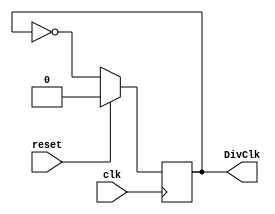
`timescale 1ns / 1ps
//////////////////////////////////////////////////////////////////////////////////
// Company: 
// Engineer: 
// 
// Design Name: 
// Module Name:    DivisorClock 
// Project Name: 
// Target Devices: 
// Tool versions: 
// Description: 
//
// Dependencies: 
//
// Revision: 
// Revision 0.01 - File Created
// Additional Comments: 
//
//////////////////////////////////////////////////////////////////////////////////
module DivisorClock(
	input wire clk, reset,
	output reg DivClk = 1'b0
    );

//Para saber cuanto es la entrada Div, se divide la entrada clk (los 100MHz de la Nexys 3 en este caso) entre la frecuencia deseada, este resultado se divide entre 2 y se le resta 1
//Esto es asi pues, si se divide por 1 bit (osea si Div = 0) esto divide el clk entre 2, es decir si uso una cantidad de 1 bit en Div, divido clk en 2, si uso dos bits (Div = 1) divido clk en 4, si uso 3 bits (Div=2) divido clk en 6
//**Notar que la cuenta de cuantos bits utilizo comienza en 0 y tambien es por ello que se le resta 1
//Asi, si se quiere tener una frecuencia de por ejemplo 10MHz, entonces, 100MHz/10Mhz = 10 (divido la frecuencia 10 veces). Si se que usar 1 bit (Div = 0) equivale a dividir la frecuencia en 2, entonces diviendo 10 veces equivale a utilizar 5 bits (Div = 4), es decir una regla de tres. Div = [(1*10)/2]-1

always@(negedge clk)
	if(reset)
		
		DivClk <= 0;
		
	else 
		DivClk <= ~DivClk;
			
endmodule